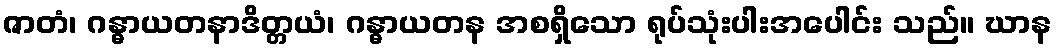
ဇာတံ၊ ဂန္ဓာယတနာဒိတ္တယံ၊ ဂန္ဓာယတန အစရှိသော ရုပ်သုံးပါးအပေါင်း သည်။ ဃာန